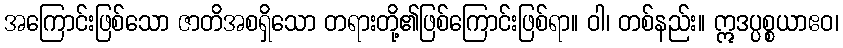
အကြောင်းဖြစ်သော ဇာတိအစရှိသော တရားတို့၏ဖြစ်ကြောင်းဖြစ်ရာ။ ဝါ၊ တစ်နည်း။ ဣဒပ္ပစ္စယာဧဝ၊